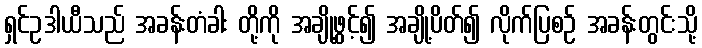
ရှင်ဥဒါယီသည် အခန်းတံခါး တို့ကို အချို့ဖွင့်၍ အချို့ပိတ်၍ လိုက်ပြစဉ် အခန်းတွင်းသို့